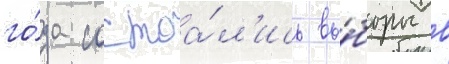
го́да состоа́л'ись вы́боры в